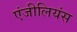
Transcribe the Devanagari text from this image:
एंजीलियंस